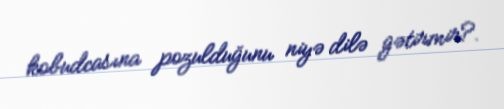
kobudcasına pozulduğunu niyə dilə gətirmir?.